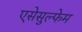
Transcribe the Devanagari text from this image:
एसेसुल्फेम